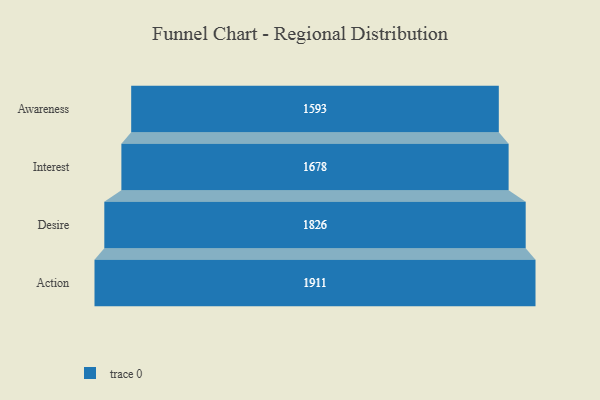
{"axis": {"x": "Stage", "y": "Value"}, "legend": [""], "data": [{"x": "Awareness", "y": 1593.0, "type": ""}, {"x": "Interest", "y": 1678.0, "type": ""}, {"x": "Desire", "y": 1826.0, "type": ""}, {"x": "Action", "y": 1911.0, "type": ""}]}